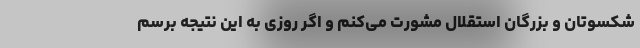
شکسوتان و بزرگان استقلال مشورت می‌کنم و اگر روزی به این نتیجه برسم